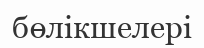
бөлікшелері